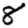
Digit: 8